Document type: Oath
Year: 1447
Scribe: Pere Figuerola
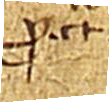
Probata. ᑕlausum traditum.